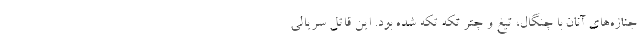
جنازه‌های آنان با چنگال، تیغ و چتر تکه تکه شده بود. این قاتل سریالی